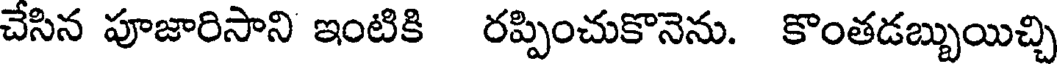
చేసిన పూజారిసాని ఇంటికి రప్పించుకొనెను. కొంతడబ్బుయిచ్చి